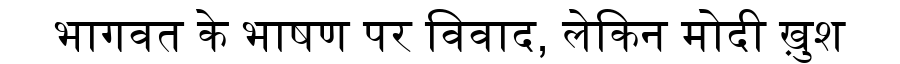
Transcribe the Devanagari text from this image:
भागवत के भाषण पर विवाद, लेकिन मोदी ख़ुश